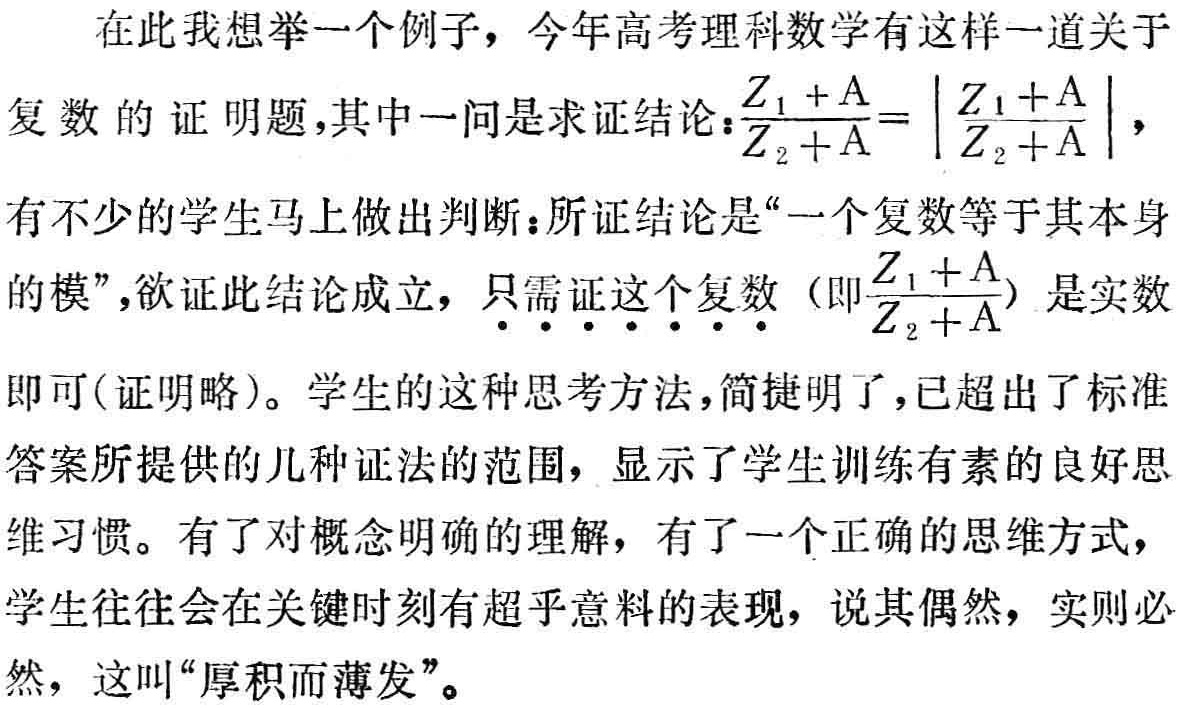
在此我想举一个例子，今年高考理科数学有这样一道关于
复数的证明题，其中一问是求证结论：\(\frac{Z_{1} + A}{Z_{2} + A}=\left|\frac{Z_{1} + A}{Z_{2} + A}\right|\)，
有不少的学生马上做出判断：所证结论是“一个复数等于其本身
的模”，欲证此结论成立，只•需•证•这•个•复•数•（即\(\frac{Z_{1} + A}{Z_{2} + A}\)）是实数
即可(证明略)。学生的这种思考方法，简捷明了，已超出了标准
答案所提供的几种证法的范围，显示了学生训练有素的良好思
维习惯。有了对概念明确的理解，有了一个正确的思维方式，
学生往往会在关键时刻有超乎意料的表现，说其偶然，实则必
然，这叫“厚积而薄发”。